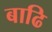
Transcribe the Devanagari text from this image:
बाढि